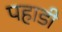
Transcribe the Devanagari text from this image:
पहाडी